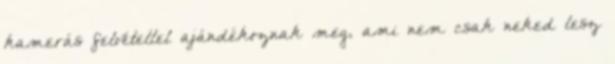
kamerás felvétellel ajándékoznak meg, ami nem csak neked lesz